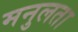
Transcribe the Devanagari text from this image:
मनुलता